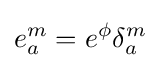
e_{a}^{m}=e^{\phi }\delta _{a}^{m}